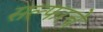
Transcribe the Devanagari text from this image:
सल्फरचे